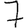
Digit: 7